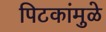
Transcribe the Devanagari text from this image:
पिटकांमुळे